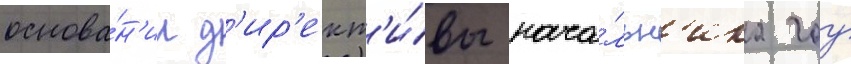
основа́н'ии д'ир'ект'и́вы нача́льн'ика гоу